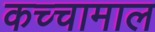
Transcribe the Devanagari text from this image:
कच्चामाल